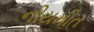
નીયમીત